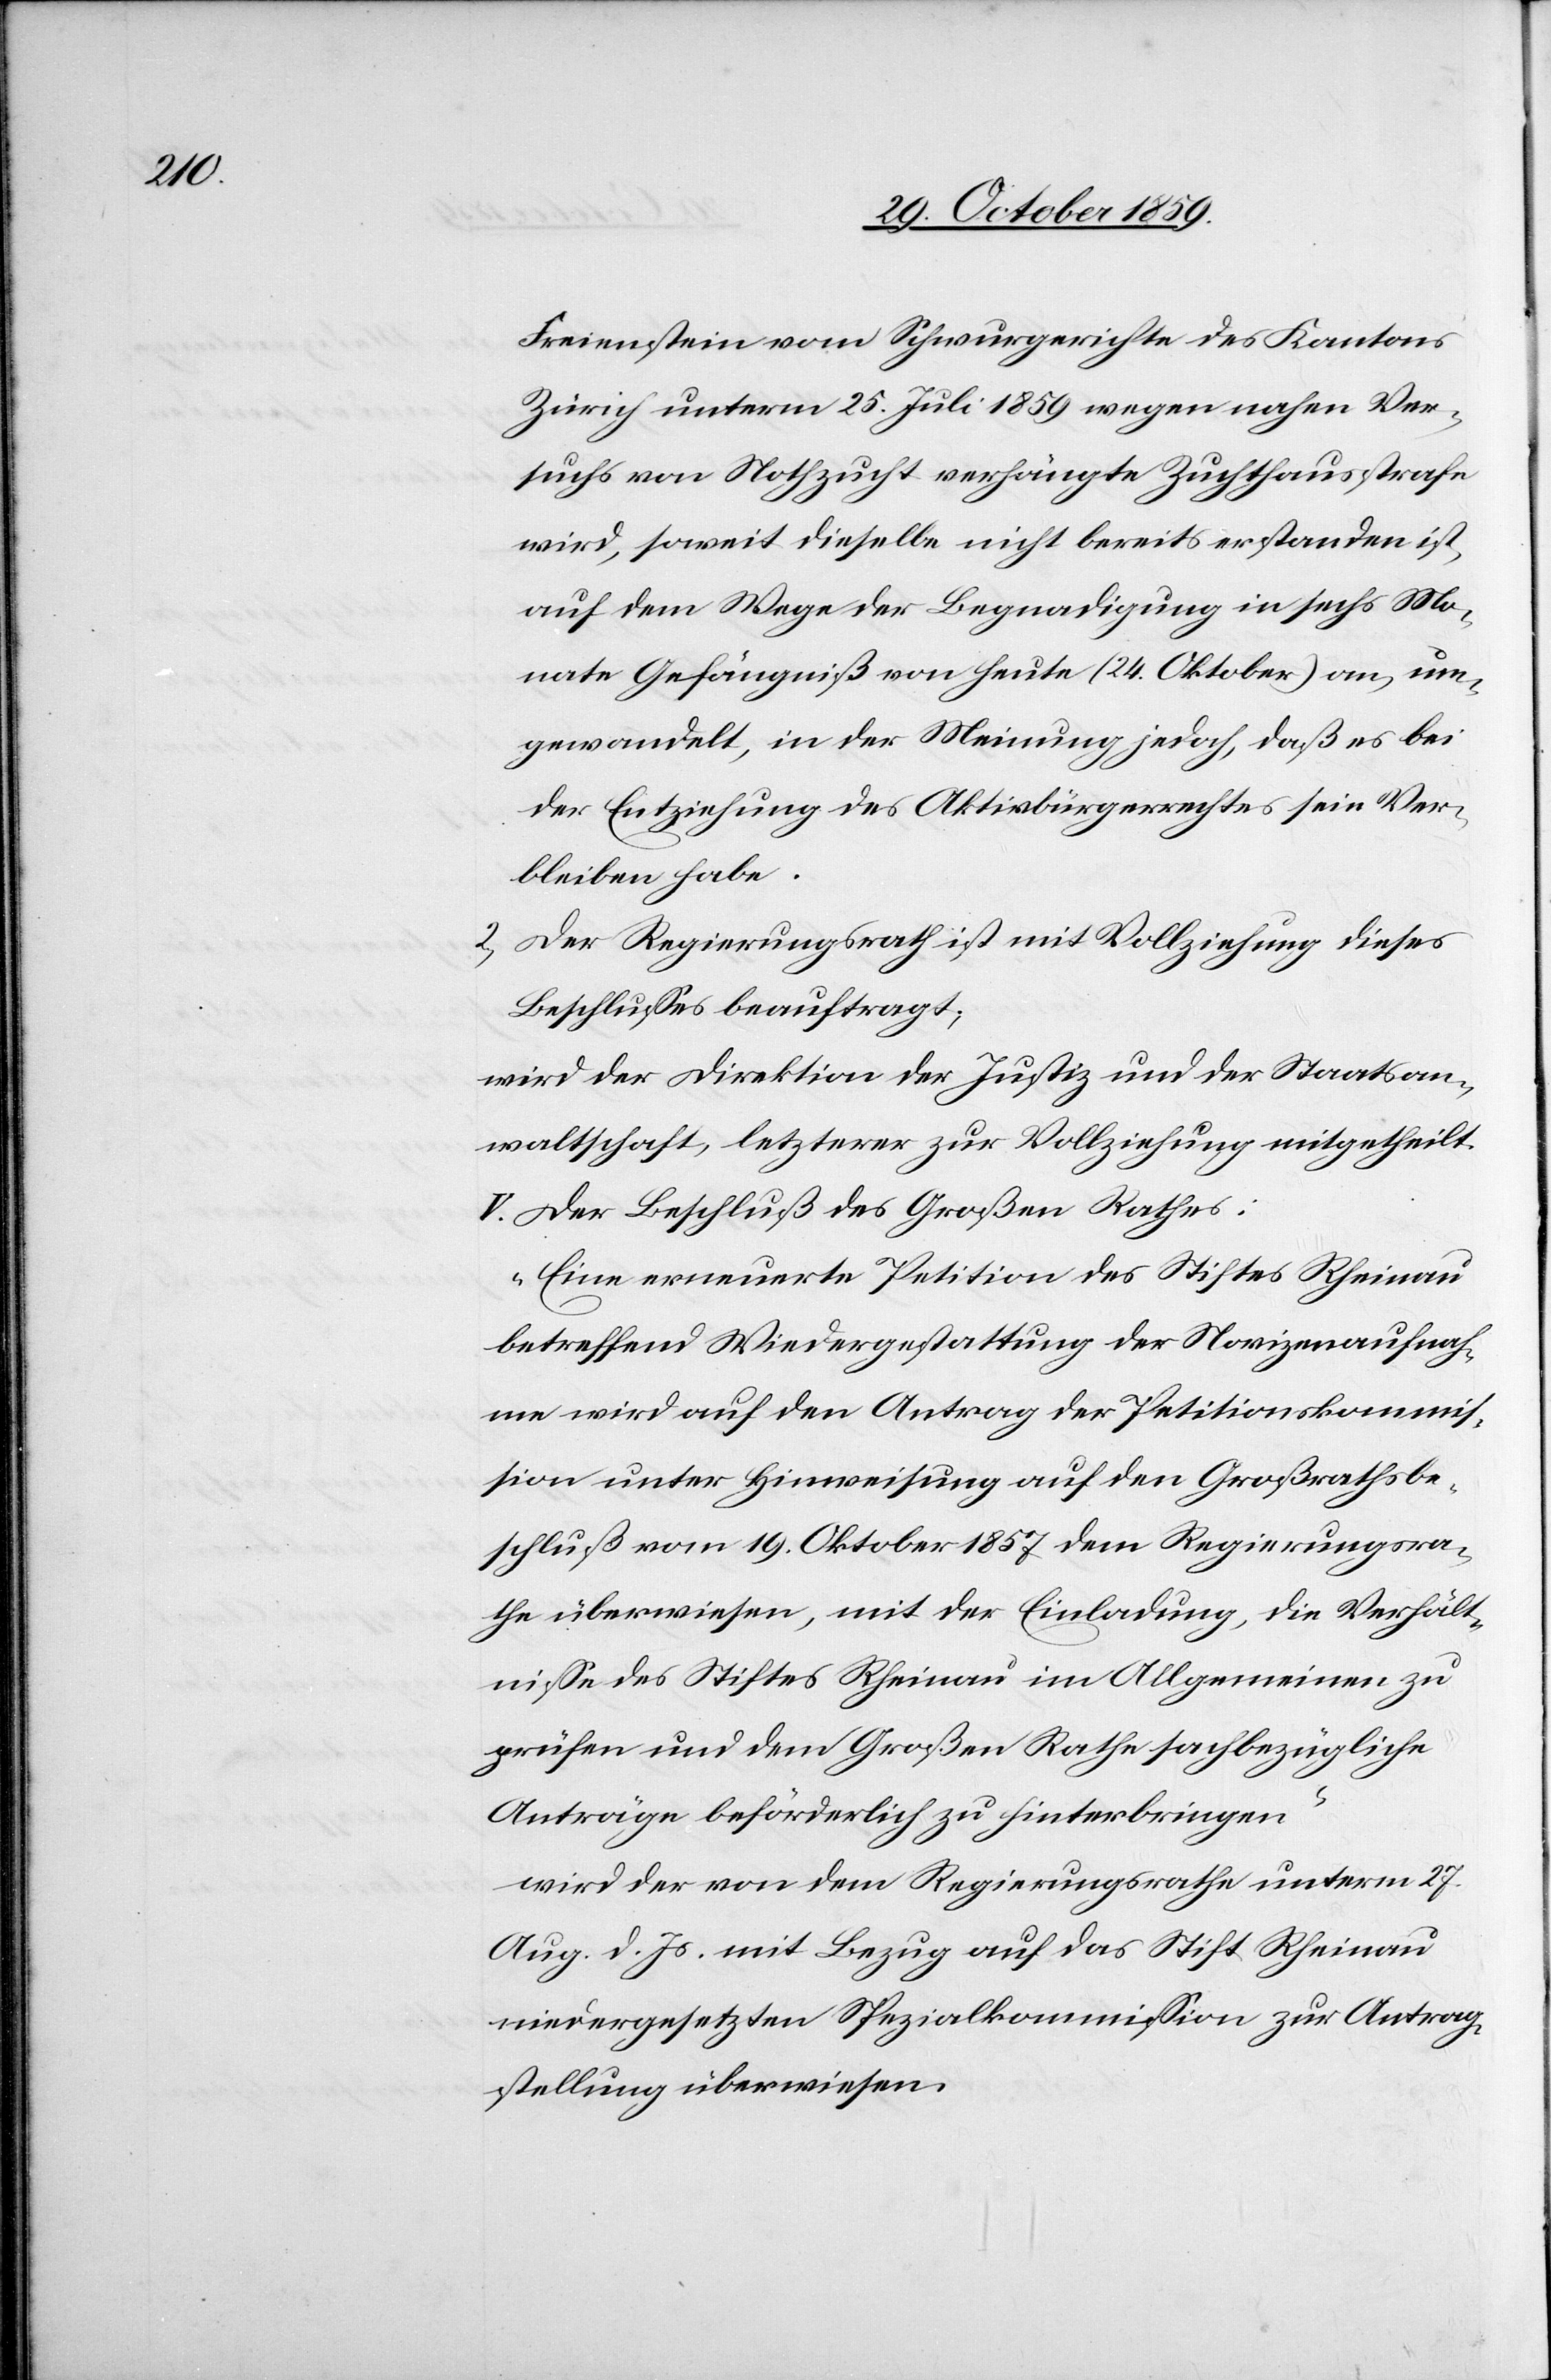
Freienstein vom Schwurgerichte des Kantons
Zürich unterm 25. Juli 1859 wegen nahen Ver¬
suchs von Nothzucht verhängte Zuchthausstrafe
wird, soweit dieselbe nicht bereits erstanden ist,
auf dem Wege der Begnadigung in sechs Mo¬
nate Gefängniß von heute (24. Oktober) an, um¬
gewandelt, in der Meinung jedoch, daß es bei
der Entziehung des Aktivbürgerrechtes sein Ver¬
bleiben habe.
2) Der Regierungsrath ist mit Vollziehung dieses
Beschlusses beauftragt;
wird der Direktion der Justiz und der Staatsan¬
waltschaft, letzterer zur Vollziehung mitgetheilt.
V. Der Beschluß des Großen Rathes:
„Eine erneuerte Petition des Stiftes Rheinau
betreffend Wiedergestattung der Novizenaufnah¬
me wird auf den Antrag der Petitionskommis¬
sion unter Hinweisung auf den Großrathsbe¬
schluß vom 19. Oktober 1857 dem Regierungsra¬
th überwiesen, mit der Einladung, die Verhält¬
nisse des Stifts Rheinau im Allgemeinen zu
prüfen und dem Großen Rath fachbezügliche
Anträge beförderlich zu hinterbringen
wird der von dem Regierungsrathe unterm 27.
Aug. d. Js. mit Bezug auf das Stift Rheinau
niedergesetzten Spezialkommission zur Antrag¬
stellung überwiesen.